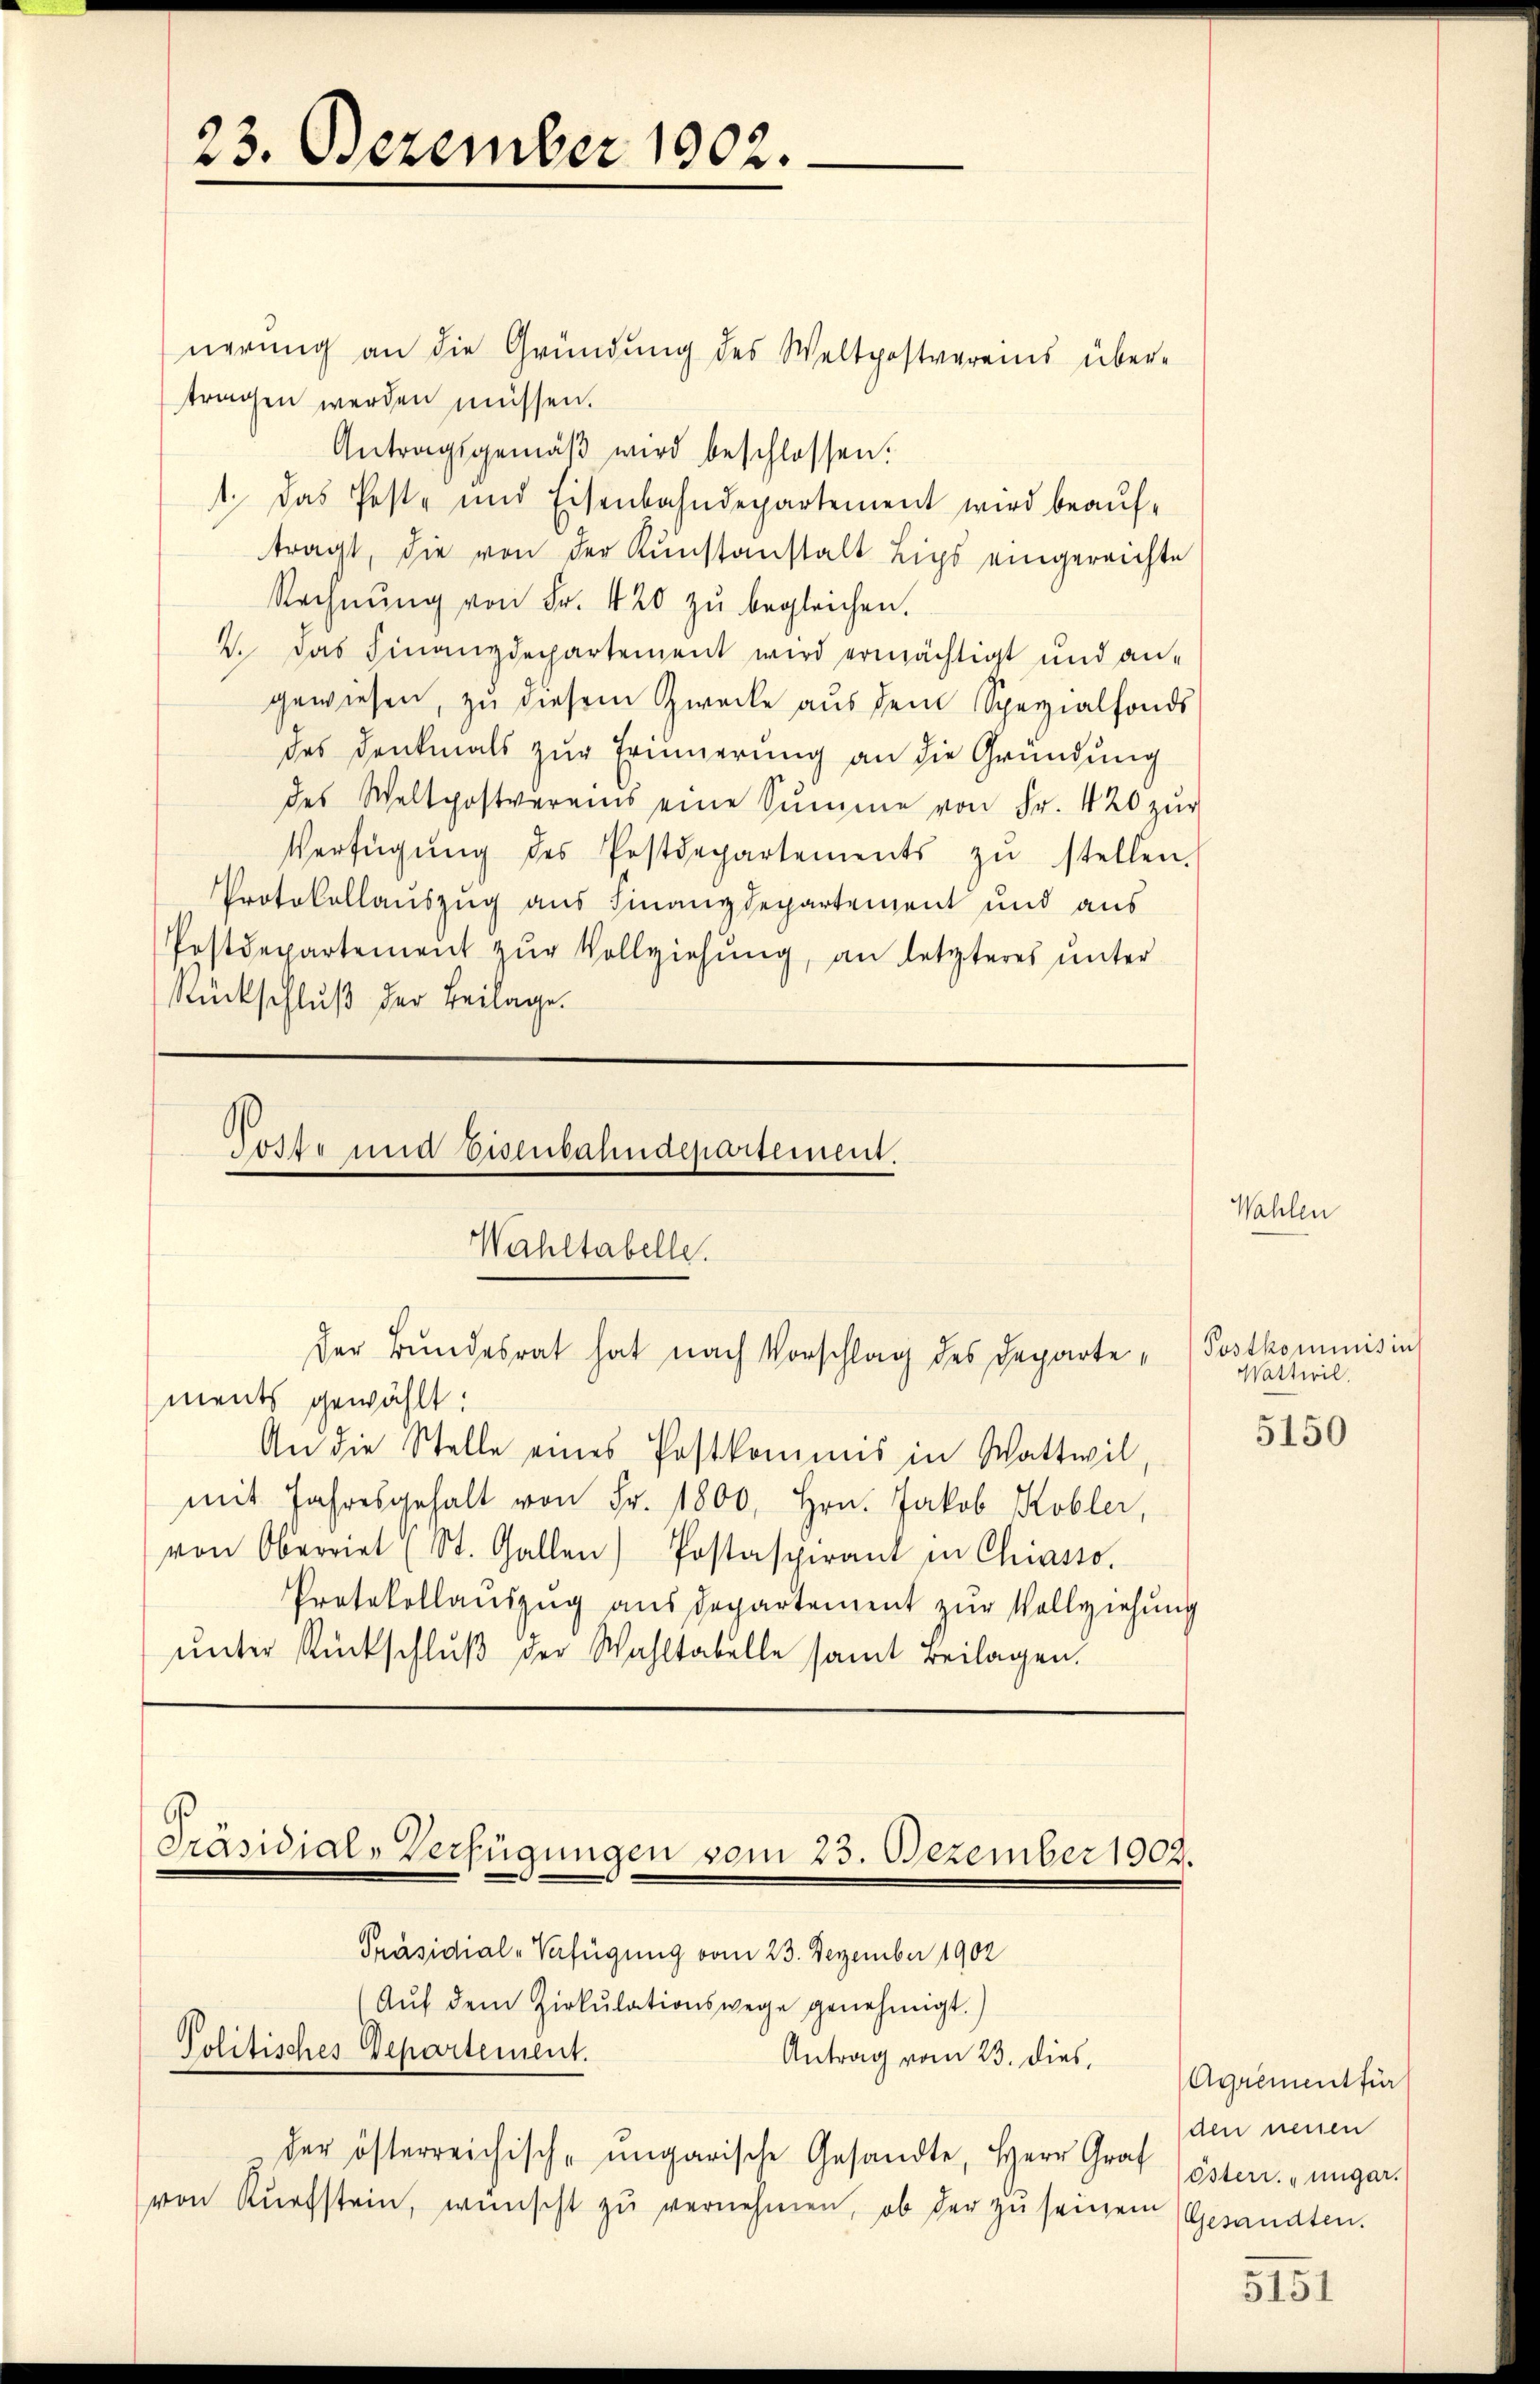
23. Dezember 1902.

nerung an die Gründung des Weltpostvereis über-
tragen werden müssen.
Antragsgemäβ wird beschlossen:
1. Das Poste und Eisenbahndepartement wird beauftragt, die von der Kunstanstalt Lips eingereichte
Rechnŭng von Fr. 420 zŭ begleichen.
2. Das Finanzdepartement wird ermächtigt und angewiesen, zu diesem Zwecke aus dem Spezialfonds
des Denkmals zur Erinnerung an die Gründung
des Weltpostvereins eine Summe von Fr. 420 zŭr
Verfügŭng des Postdepartements zŭ stellen.
Protokollauszug aus Finanzdepartement und aus
Postdepartement zŭr Vollziehung, an letzteres unter
Rückschluß der Beilage.

Toste und Eisenbahndepartement.
Wahltabelle.
der Bundesrat hat nach Vorschlag des Departe¬

ments gewählt:
An die Stelle eines Postkommis in Wattwil,
mit Jahresgehalt von Fr. 1800, Hrn. Jakob Kobler,
von Oberriet (St. Gallen) Postaspirant in Chiasso.
Protokollauszug aus Departement zur Vollziehung
ŭnter Rückschlŭβ der Wahltabelle samt Beilagen.

Präsidial-Verfügungen vom 23. Dezember 1902.

Politisches Departement.

Präsidial-Verfügung vom 23. Dezember 1902
(Aŭf dem Zirkŭlationswege genehmigt.)
Antrag vom 23. dies, Agnement für
der österreichisch-ungarische Gesandte, Herr Graf österr. ungar.
von Kŭrfstein, wünscht zŭ vernehmen, ob der zu seinem

Wahlen

Postkommnis in
Wattwil

5150

den neuen
Gesandten.

5151